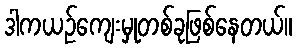
ဒါကယဉ်ကျေးမှုတစ်ခုဖြစ်နေတယ်။